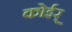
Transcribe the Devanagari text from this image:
कोईर्